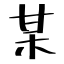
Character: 某